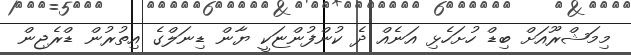
މިމަޝްރޫއަށް ބިޑް ހުށަހެޅި އަނެއް ދެ ކުންފުންޏަކީ ޔާން ޑިނަލްގެ އިތުރުން ޑްރެޖިން